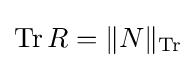
\operatorname {Tr} R=\|N\|_{\operatorname {Tr} }